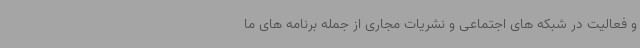
و فعالیت در شبکه های اجتماعی و نشریات مجاری از جمله برنامه های ما